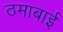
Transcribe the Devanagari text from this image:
ठमाबाई